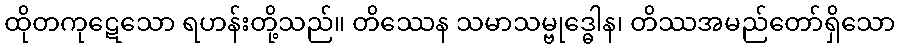
ထိုတကုဋေသော ရဟန်းတို့သည်။ တိဿေန သမာသမ္ဗုဒ္ဓေါန၊ တိဿအမည်တော်ရှိသော